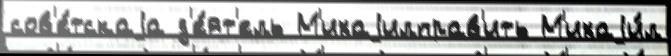
сов'е́тскаjа д'е́ят'ель М'ихаjилправ'ить М'ихаjи́л